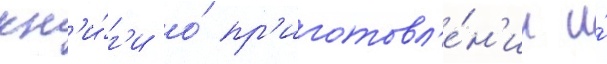
кн'и́г'и о́ пр'иготовл'е́н'ии и́